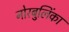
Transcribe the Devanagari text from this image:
नोरबुलिंका